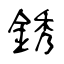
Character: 銹